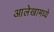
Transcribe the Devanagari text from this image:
आलेखामध्ये